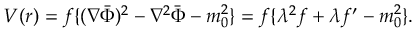
V ( r ) = f \{ ( \nabla \bar { \Phi } ) ^ { 2 } - \nabla ^ { 2 } \bar { \Phi } - m _ { 0 } ^ { 2 } \} = f \{ \lambda ^ { 2 } f + \lambda f ^ { \prime } - m _ { 0 } ^ { 2 } \} .